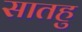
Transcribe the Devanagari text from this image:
सातहु